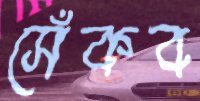
সেঁকব